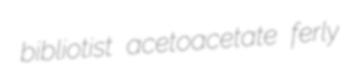
bibliotist acetoacetate ferly